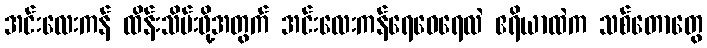
အင်းလေးကန် ထိန်းသိမ်းဖို့အတွက် အင်းလေးကန်ရေဝေရေလဲ ဧရိယာထဲက သစ်တောတွေ